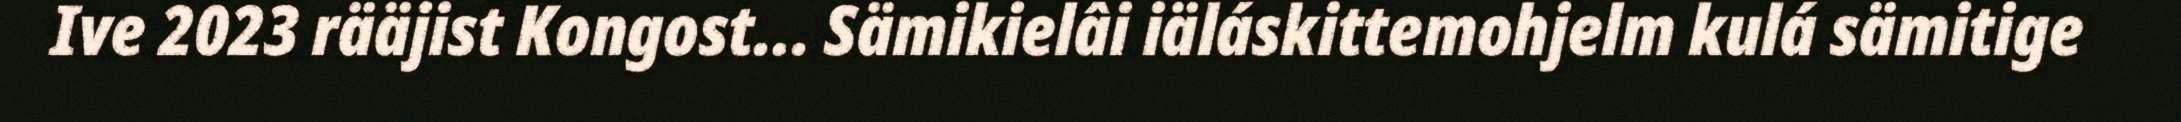
Ive 2023 rääjist Kongost... Sämikielâi iäláskittemohjelm kulá sämitige